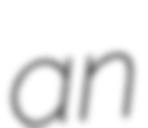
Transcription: an